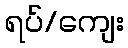
ရပ်/ကျေး